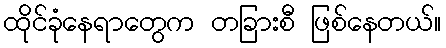
ထိုင်ခုံနေရာတွေက တခြားစီ ဖြစ်နေတယ်။